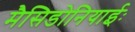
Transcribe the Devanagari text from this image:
मैसिडोनियाईः